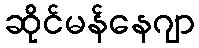
ဆိုင်မန်နေဂျာ